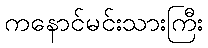
ကနောင်မင်းသားကြီး